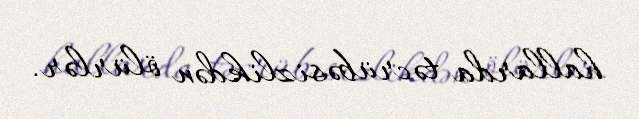
hallarda təcrübəsizlikdən ölürlər.